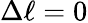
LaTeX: \Delta\ell=0